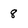
Character: 8